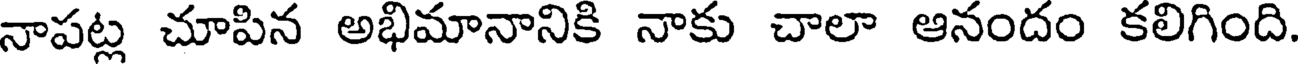
నాపట్ల చూపిన అభిమానానికి నాకు చాలా ఆనందం కలిగింది.